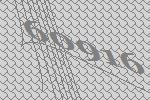
60916